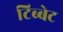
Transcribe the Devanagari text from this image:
टिब्बेट